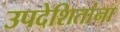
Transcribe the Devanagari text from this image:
उपदेशितांना